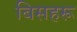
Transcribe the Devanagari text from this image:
बिसहरू